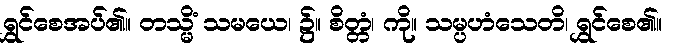
ရွှင်စေအပ်၏။ တသ္မိံ သမယေ၊ ၌။ စိတ္တံ၊ ကို။ သမ္ပဟံသေတိ၊ ရွှင်စေ၏။